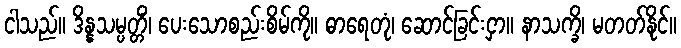
ငါသည်။ ဒိန္နသမ္ပတ္တိံ၊ ပေးသောစည်းစိမ်ကို။ ဓာရေတုံ၊ ဆောင်ခြင်းငှာ။ နာသက္ခိ၊ မတတ်နိုင်။